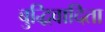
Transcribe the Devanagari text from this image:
बुद्धिवादिता